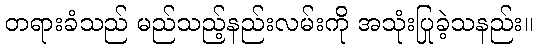
တရားခံသည် မည်သည့်နည်းလမ်းကို အသုံးပြုခဲ့သနည်း။